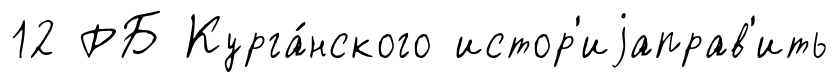
12 РБ Курга́нского истор'иjаправ'ить